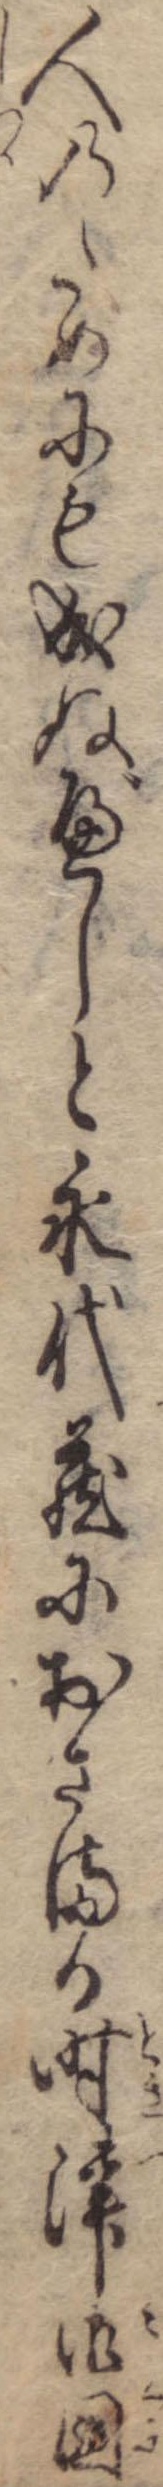
人のためにも成ぬべしと永代蔵におさまる時津御国